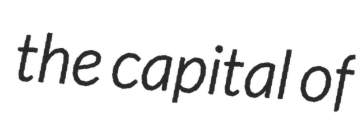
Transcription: the capital of